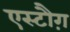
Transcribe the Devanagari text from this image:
एस्टौग़